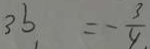
3 b = - \frac { 3 } { 4 } .